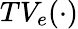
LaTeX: TV_{e}(\cdot)